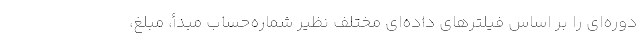
دوره‌‌ای را بر اساس فیلترهای داده‌ای مختلف نظیر شماره‌حساب مبدأ، مبلغ،